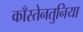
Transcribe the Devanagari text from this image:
काँस्तेनतुनिया